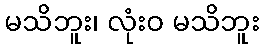
မသိဘူး၊ လုံးဝ မသိဘူး